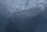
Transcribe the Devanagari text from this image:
यांच्यासबंधी